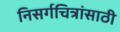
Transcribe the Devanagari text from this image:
निसर्गचित्रांसाठी